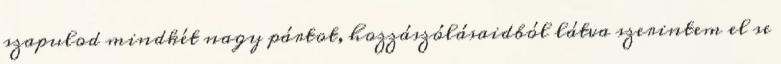
szapulod mindkét nagy pártot, hozzászólásaidból látva szerintem el se